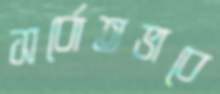
সর্বোতভাবে